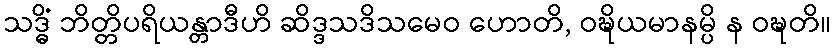
သဒ္ဓိံ ဘိတ္တိပရိယန္တာဒီဟိ ဆိဒ္ဒသဒိသမေဝ ဟောတိ, ဝဍ္ဎိယမာနမ္ပိ န ဝဍ္ဎတိ။